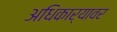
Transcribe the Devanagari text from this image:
अधिकार्‍यावर